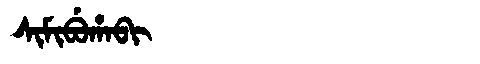
Manchu: ᠰᡳᠮᡳᠪᡠᡥᠠᠪᡳ
Romanization: SIMIBUHABI